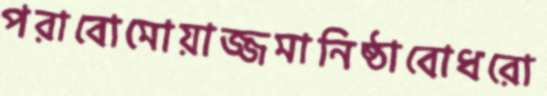
পরাবোমোয়াজ্জমানিষ্ঠাবোধরো